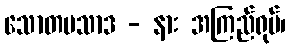
သောတပသာဒ - နား အကြည်ရုပ်၊